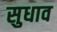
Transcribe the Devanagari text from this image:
सुधाव